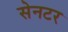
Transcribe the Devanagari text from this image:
सेनटर